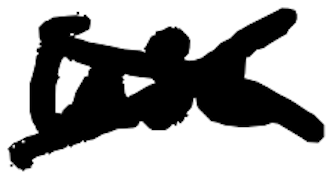
Text: use
Cross-out: cross
Writing tool: digital_black